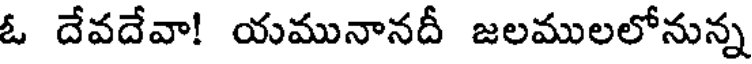
ఓ దేవదేవా! యమునానదీ జలములలోనున్న